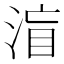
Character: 𱦼